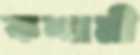
কশামী